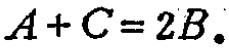
\(A + C = 2B.\)